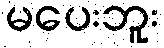
မပေးဘူး